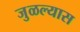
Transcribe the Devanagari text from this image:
जुळल्यास